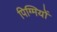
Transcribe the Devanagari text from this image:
पिग्मियों